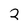
Character: 2